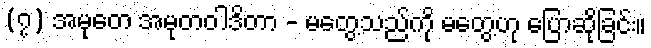
(၇) အမုတေ အမုတဝါဒိတာ - မတွေ့သည်ကို မတွေ့ဟု ပြောဆိုခြင်း။